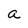
Character: a